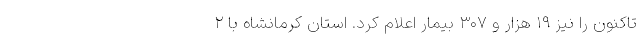
تاکنون را نیز ۱۹ هزار و ۳۰۷ بیمار اعلام کرد. استان کرمانشاه با ۲